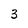
Character: 3